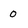
Character: 0